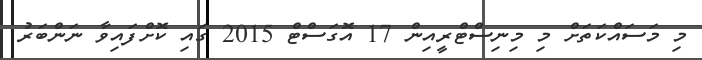
މި މަސައްކަތަށް މި މިނިސްޓްރީއިން 17 އޮގަސްޓް 2015 ގައި ކޮށްފައިވާ ނަންބަރު